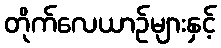
တိုက်လေယာဉ်များနှင့်